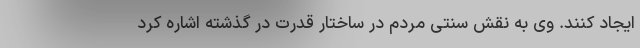
ایجاد کنند. وی به نقش سنتی مردم در ساختار قدرت در گذشته اشاره کرد